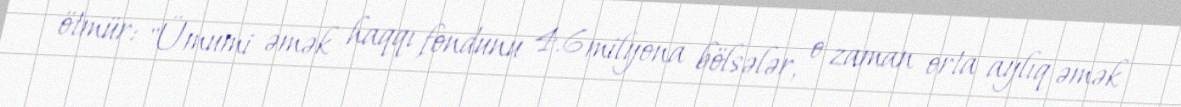
ötmür: "Ümumi əmək haqqı fondunu 4.6 milyona bölsələr, o zaman orta aylıq əmək